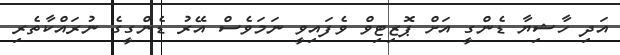
އަދި ހާޝިޔާ ޑެންގީ އަށް ޕޮޒިޓިވް ވެފައިވީ ނަމަވެސް އޭރު ޑެންގީގެ ނުރައްކާތެރި